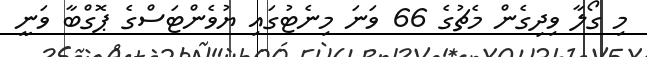
މި ގޯލާ ވިދިގެން މެޗުގެ 66 ވަނަ މިނެޓުގައި ޔުވެންޓަސްގެ ޕޮގްބާ ވަނީ